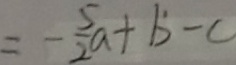
= - \frac { 5 } { 2 } a + b - c